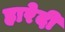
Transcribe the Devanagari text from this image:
हारेदी